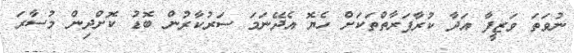
ނުވަތަ ވަޒީފާ އަދާ ކުރާފަރާތްތަކަށް ހެޔޮ އެދޭނަމަ ސަރުކާރުން ބޮޑު ކޮށްދިން މުސާރަ